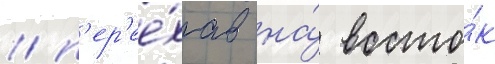
/ п'ер'ее́хав на́ восто́к